Report on sanitation, dispensaries, and jails in Rajputana for 1911, and on vaccination for the year 1911-1912 - 1911-1912
Year: 1911
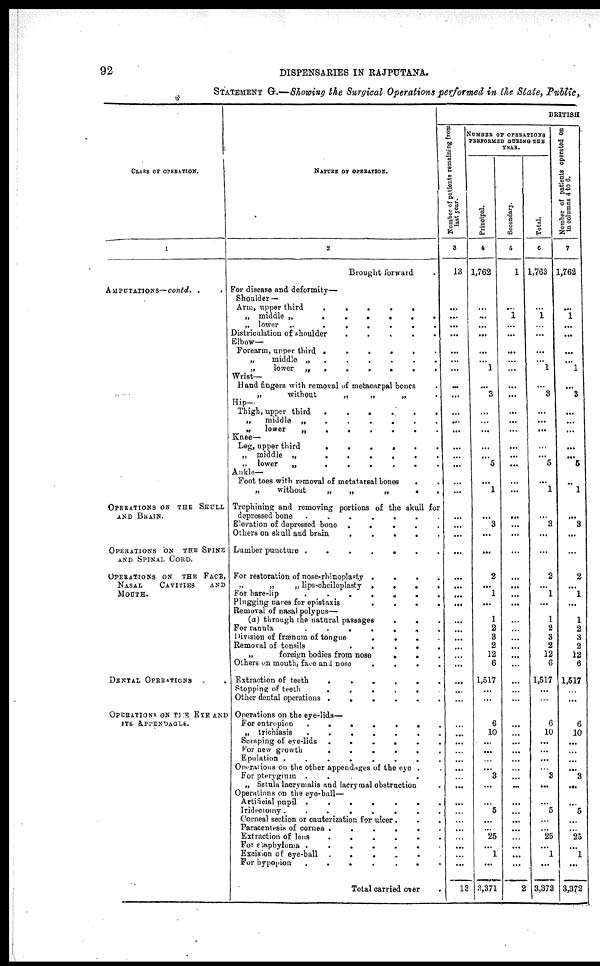
92
DISPENSARIES IN RAJPUTANA.
STATEMENT G.—Showing the Surgical Operations performed in the State, Public,
CLASS OF OPERATION.
1
AMPUTATIONS— contd. .
OPERATIONS ON THE SKULL
AND BRAIN.
OPERATIONS ON THE SPINE
AND SPINAL CORD.
OPERATIONS ON THE FACE,
NASAL
CAVITIES
AND
MOUTH.
DENTAL OPERATIONS
OPERATIONS ON THE EYE AND
ITS APPENDAGLS.
NATURE OF OPERATION.
2
Brought forward .
For disease and deformity—
Shoulder —
Arm, upper third
.
.
.
.
.
„ middle „ . . . . . .
„ lower
„
.
.
.
.
.
.
Districulation of shoulder . . . . . .
Elbow—
Forearm, upper third
.
.
.
.
.
.
„
middle
„
.
.
.
.
.
.
„
lower
„
.
.
.
.
.
.
Wrist—
Hand fingers with removal of metacarpal bones .
„
without
„
„
„ .
Hip—
Thigh, upper third
.
.
.
.
.
.
.
.
„
middle
„
.
.
.
.
.
.
.
.
„
lower
„
.
.
.
.
.
.
.
.
Knee—
Leg, upper third
.
.
.
.
.
.
.
.
.
„ middle „ . . . . . . . . . .
„ lower
„
.
.
.
.
.
.
.
.
Ankle—
Foot toes with removal of metatarsal bones . .
„
without
„
„
„ . .
Trephining and removing portions of the skull for
depressed bone
.
.
.
.
.
.
.
.
Elevation of depressed bone . . . . . . . .
Others on skull and brain
.
.
.
.
.
.
.
Lumber puncture
.
.
.
.
.
.
.
For restoration of nose-rhinoplasty . . . . . .
„
„
„ lips-cheiloplasty . . . . . .
For hare-lip
.
.
.
.
.
.
Plugging nares for epistaxis
.
.
.
.
.
Removal of nasal polypus—
(a) through the natural passages . . . . . .
For ranula
.
.
.
.
.
.
Division of frænum of tongue . . . . . .
Removal of tonsils
.
.
.
.
.
.
„
foreign bodies from nose . . . . . .
Others on mouth, face and nose . . . . . . .
Extraction of teeth
.
.
.
.
.
Stopping of teeth
.
.
.
.
.
.
.
Other dental operations
.
.
.
.
.
.
.
Operations on the eye-lids—
For entropion
.
.
.
.
.
.
.
„ trichiasis
.
.
.
.
.
.
.
.
Scraping of eye-lids
.
.
.
.
.
.
.
For new growth
.
.
.
.
.
.
.
.
.
Epulation
.
.
.
.
.
.
.
Operations on the other appendages of the eye .
For pterygium . . . . . .
„ fistula lacrymalis and lacrymal obstruction .
Operations on the eye-ball—
Artificial pupil
.
.
.
.
.
.
.
Iridectomy
.
.
.
.
.
.
.
.
Corneal section or cauterization for ulcer. . . . .
Paracentesis of cornea
.
.
.
.
.
.
.
Extraction of lens . . . . . . .
For shapbyloma . . .
Excision of eye-ball
.
.
.
.
.
.
For hypopion
.
.
.
.
.
.
.
Total carried over
BRITISH
Number of patients remaining from
last year.
3
13
...
...
...
...
...
...
...
...
...
...
...
...
...
...
...
...
...
...
...
...
...
...
...
...
...
...
...
...
...
...
...
...
...
...
...
...
...
...
...
...
...
...
...
...
...
...
...
...
...
...
13
NUMBER OF OPERATIONS
PERFORMED DURING THE
YEAR.
Principal.
4
1,762
...
...
...
...
...
...
1
...
3
...
...
...
...
...
5
...
1
...
3
...
...
2
...
1
...
1
2
3
2
12
6
1,517
...
...
6
10
...
...
...
...
3
...
...
5
...
...
25
...
1
...
3,371
Secondary.
5
1
...
1
...
...
...
...
...
...
...
...
...
...
...
...
...
...
...
...
...
...
...
...
...
...
...
...
...
...
...
...
...
...
...
...
...
...
...
...
...
...
...
...
...
...
...
...
...
...
...
...
2
Total.
6
1,763
...
1
...
...
...
...
1
...
3
...
...
...
...
...
5
...
1
...
3
...
...
2
...
1
...
1
2
3
2
12
6
1,517
...
...
6
10
...
...
...
...
3
...
...
5
...
...
25
...
1
...
3,373
Number of patients operated on
in columns 4 to 6.
7
1,762
...
1
...
...
...
...
1
...
3
...
...
...
...
...
5
..
1
...
3
...
...
2
...
1
...
1
2
3
2
12
6
1,517
...
...
6
10
...
...
...
...
3
...
...
5
...
...
25
...
1
...
3,372